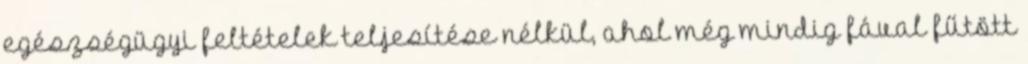
egészségügyi feltételek teljesítése nélkül, ahol még mindig fával fűtött